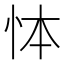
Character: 㤓